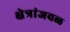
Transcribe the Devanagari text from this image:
क्षेत्रांजवळ